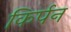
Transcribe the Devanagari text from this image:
किर्पन